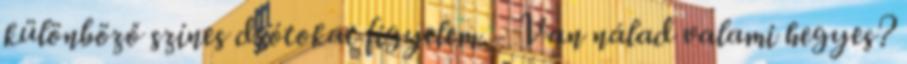
különböző színes drótokat figyelem. - Van nálad valami hegyes?